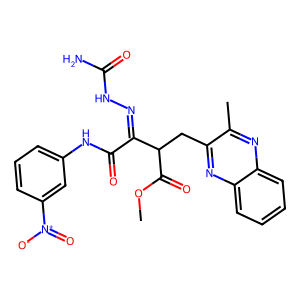
SMILES: COC(=O)C(Cc1nc2ccccc2nc1C)C(=NNC(N)=O)C(=O)Nc1cccc([N+](=O)[O-])c1
Inhibits HIV replication: No